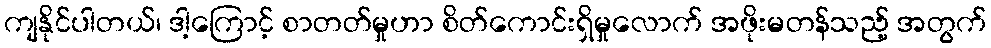
ကျနိုင်ပါတယ်၊ ဒါ့ကြောင့် စာတတ်မှုဟာ စိတ်ကောင်းရှိမှုလောက် အဖိုးမတန်သည့် အတွက်